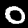
Label: 0